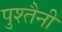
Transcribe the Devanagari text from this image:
पुश्‍तैनी